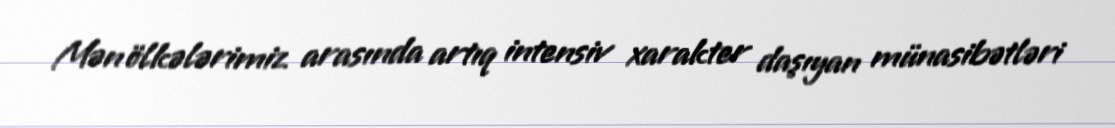
Mən ölkələrimiz arasında artıq intensiv xarakter daşıyan münasibətləri